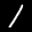
Label: 1